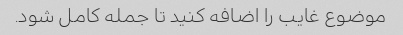
موضوع غایب را اضافه کنید تا جمله کامل شود.